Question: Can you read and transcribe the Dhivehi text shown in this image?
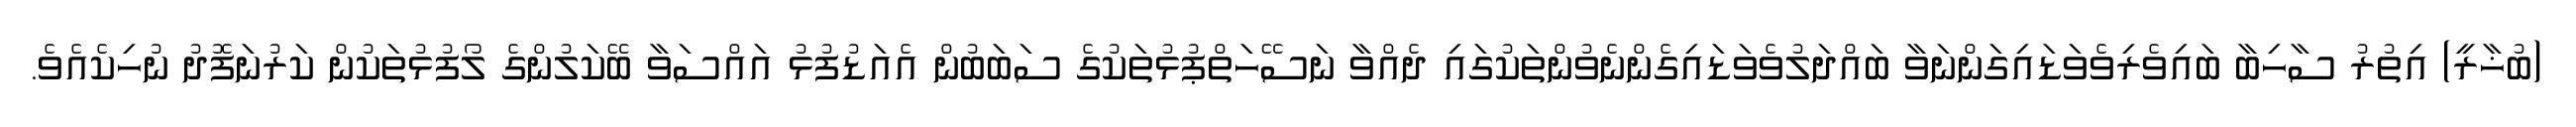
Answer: (ބުޚާރީ) އިތުރު ސާހިބާ ބައިވެރިވެވަޑައިގަންނަވާ ބައްދަލުވެވަޑައިގެންނެވުންތަކުގައި ދެއްވާ ނަސޭހަތްޕުޅުތަކުގެ ސަބަބުން އެއަޑުފުޅު އައްސަވާ ބޭކަލުންގެ ލޯފުޅުތަކުން ކަރުނަފޮދު ނުހިކެއެވެ.